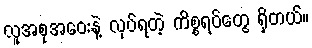
လူအစုအဝေးနဲ့ လုပ်ရတဲ့ ကိစ္စရပ်တွေ ရှိတယ်။